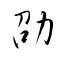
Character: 劭